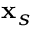
\mathbf { x } _ { s }